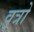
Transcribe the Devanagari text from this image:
वृत्रो